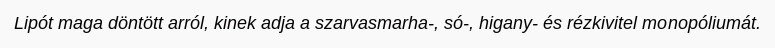
Lipót maga döntött arról, kinek adja a szarvasmarha-, só-, higany- és rézkivitel monopóliumát.